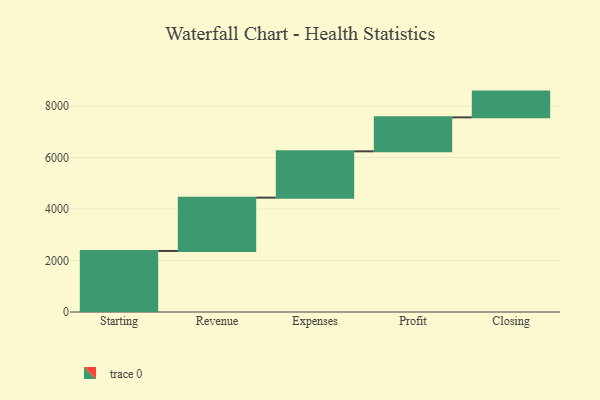
{"axis": {"x": "Step", "y": "Value"}, "legend": [""], "data": [{"x": "Starting", "y": 2371.0, "type": ""}, {"x": "Revenue", "y": 2070.0, "type": ""}, {"x": "Expenses", "y": 1799.0, "type": ""}, {"x": "Profit", "y": 1319.0, "type": ""}, {"x": "Closing", "y": 1000, "type": ""}]}